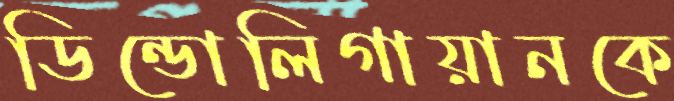
ডিন্ডোলিগায়ানকে